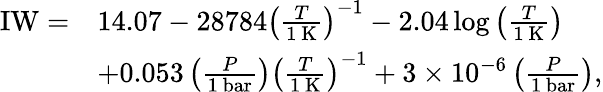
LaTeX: \begin{array}{rl}{\mathrm{IW}=}&{14.07-28784\left(\frac{T}{1\mathrm{~K}}\right)^{-1}-2.04\log{\left(\frac{T}{1\mathrm{~K}}\right)}}\\ &{+0.053\left(\frac{P}{1\mathrm{~bar}}\right)\left(\frac{T}{1\mathrm{~K}}\right)^{-1}+3\times 10^{-6}\left(\frac{P}{1\mathrm{~bar}}\right),}\end{array}